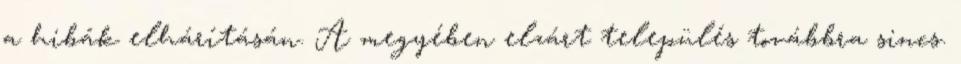
a hibák elhárításán. A megyében elzárt település továbbra sincs.